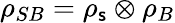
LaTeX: \rho_{SB}=\rho_{\mathsf{s}}\otimes\rho_{B}